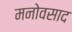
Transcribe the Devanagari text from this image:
मनोवसाद